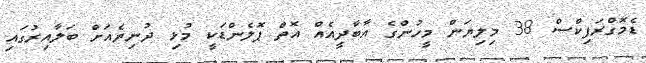
ޑެމޮގްރަފިކްސް 38 މިލިޔަން މީހުންގެ އާބާދީއެއް އޮތް ޕޮލެންޑަކީ މުޅި ދުނިޔެއަށް ބަލާއިރުގައި